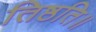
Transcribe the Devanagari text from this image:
तिष्ठति॥